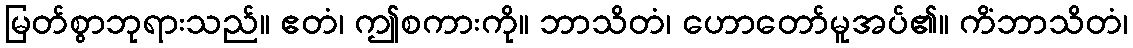
မြတ်စွာဘုရားသည်။ ဧတံ၊ ဤစကားကို။ ဘာသိတံ၊ ဟောတော်မူအပ်၏။ ကိံဘာသိတံ၊